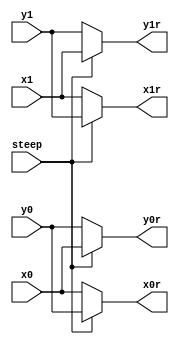
// Steep_swap unit
// Algorithm 
/*	if (steep) {
		swap(&x0, &y0);
		swap(&x1, &y1); }
*/	
// unit type :: combinational
// Note      :: all arithmetic operations will use signed (2'complement) 13-bit width

module Swap
#(parameter WIDTH=13)
(steep, x0, y0, x1, y1, x0r, y0r, x1r, y1r);
input [WIDTH-1:0] x0, y0, x1, y1;
input steep;
output reg [WIDTH-1:0] x0r, y0r, x1r, y1r;

always @(*)
begin
	if(steep)
		begin
			y0r = x0;
			x0r = y0;
			x1r = y1;
			y1r = x1;
		end
	else
		begin
			y0r = y0;
			x0r = x0;
			x1r = x1;
			y1r = y1;
		end

end

endmodule